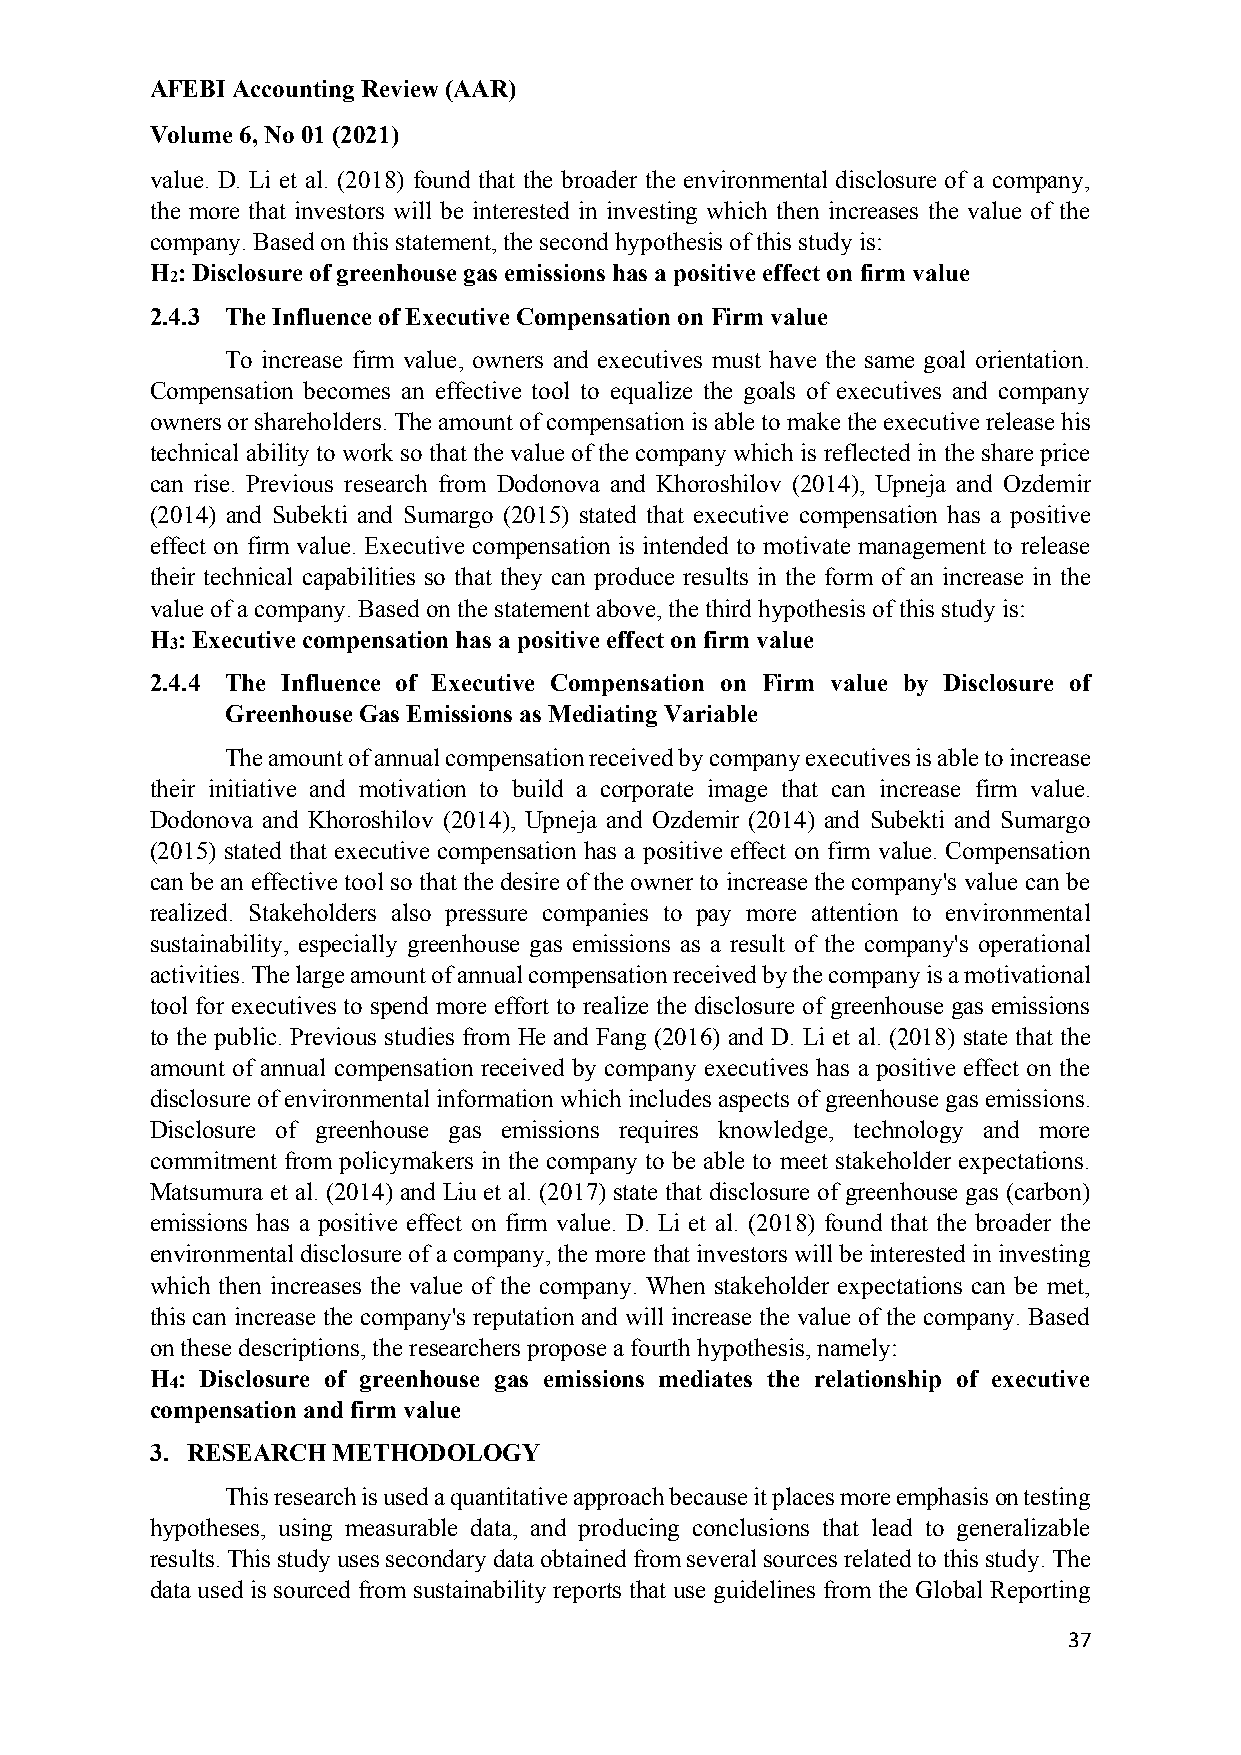
AFEBI Accounting Review (AAR)
 Volume 6, No 01 (2021)
 value. D. Li et al. (2018) found that the broader the environmental disclosure of a company,
 the more that investors will be interested in investing which then increases the value of the
 company. Based on this statement, the second hypothesis of this study is:
 H : Disclosure of greenhouse gas emissions has a positive effect on firm value
 2
 2.4.3 The Influence of Executive Compensation on Firm value
 To increase firm value, owners and executives must have the same goal orientation.
 Compensation becomes an effective tool to equalize the goals of executives and company
 owners or shareholders. The amount of compensation is able to make the executive release his
 technical ability to work so that the value of the company which is reflected in the share price
 can rise. Previous research from Dodonova and Khoroshilov (2014), Upneja and Ozdemir
 (2014) and Subekti and Sumargo (2015) stated that executive compensation has a positive
 effect on firm value. Executive compensation is intended to motivate management to release
 their technical capabilities so that they can produce results in the form of an increase in the
 value of a company. Based on the statement above, the third hypothesis of this study is:
 H : Executive compensation has a positive effect on firm value
 3
 2.4.4 The Influence of Executive Compensation on Firm value by Disclosure of
 Greenhouse Gas Emissions as Mediating Variable
 The amount of annual compensation received by company executives is able to increase
 their initiative and motivation to build a corporate image that can increase firm value.
 Dodonova and Khoroshilov (2014), Upneja and Ozdemir (2014) and Subekti and Sumargo
 (2015) stated that executive compensation has a positive effect on firm value. Compensation
 can be an effective tool so that the desire of the owner to increase the company's value can be
 realized. Stakeholders also pressure companies to pay more attention to environmental
 sustainability, especially greenhouse gas emissions as a result of the company's operational
 activities. The large amount of annual compensation received by the company is a motivational
 tool for executives to spend more effort to realize the disclosure of greenhouse gas emissions
 to the public. Previous studies from He and Fang (2016) and D. Li et al. (2018) state that the
 amount of annual compensation received by company executives has a positive effect on the
 disclosure of environmental information which includes aspects of greenhouse gas emissions.
 Disclosure of greenhouse gas emissions requires knowledge, technology and more
 commitment from policymakers in the company to be able to meet stakeholder expectations.
 Matsumura et al. (2014) and Liu et al. (2017) state that disclosure of greenhouse gas (carbon)
 emissions has a positive effect on firm value. D. Li et al. (2018) found that the broader the
 environmental disclosure of a company, the more that investors will be interested in investing
 which then increases the value of the company. When stakeholder expectations can be met,
 this can increase the company's reputation and will increase the value of the company. Based
 on these descriptions, the researchers propose a fourth hypothesis, namely:
 H : Disclosure of greenhouse gas emissions mediates the relationship of executive
 4
 compensation and firm value
 3. RESEARCH METHODOLOGY
 This research is used a quantitative approach because it places more emphasis on testing
 hypotheses, using measurable data, and producing conclusions that lead to generalizable
 results. This study uses secondary data obtained from several sources related to this study. The
 data used is sourced from sustainability reports that use guidelines from the Global Reporting
 37